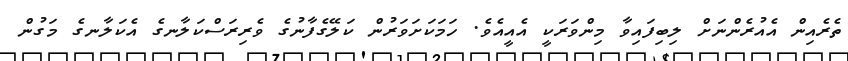
ތެރެއިން އެއުރެންނަށް ލިބިފައިވާ މިންވަރަކީ އެއީއެވެ. ހަމަކަށަވަރުން ކަލޭގެފާނުގެ ވެރިރަސްކަލާނގެ އެކަލާނގެ މަގުން